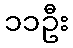
၁၁ဦး